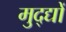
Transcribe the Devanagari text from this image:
मुद्द्यों